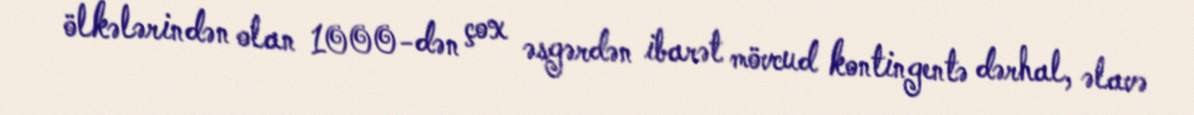
ölkələrindən olan 1000-dən çox əsgərdən ibarət mövcud kontingentə dərhal, əlavə